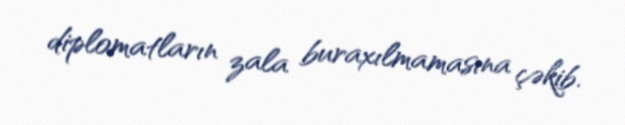
diplomatların zala buraxılmamasına çəkib.